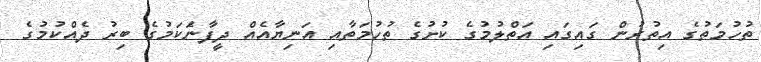
ތުހުމަތުގެ އިތުރުން ގައިގައި އަތްލުމުގެ ކުށުގެ ތުހުމަތާއި އަނިޔާއެއް ދީފާނަެކަމުގެ ބިރު ދެއްކުމުގެ